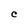
Character: C